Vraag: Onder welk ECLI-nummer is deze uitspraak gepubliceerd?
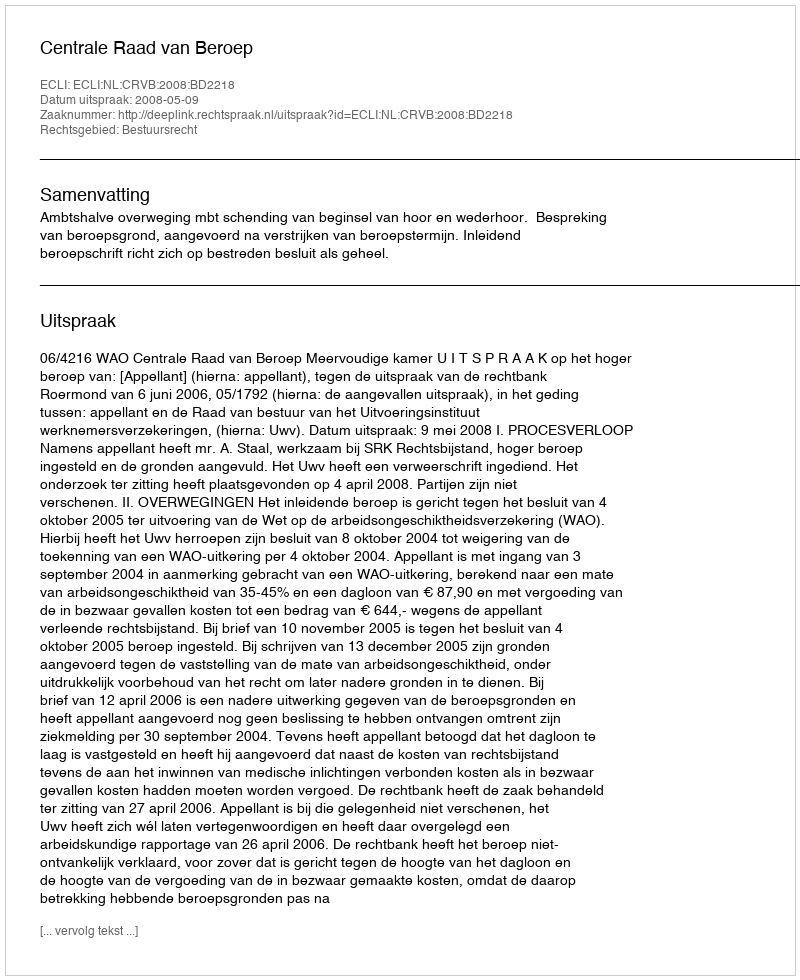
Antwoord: ECLI:NL:CRVB:2008:BD2218